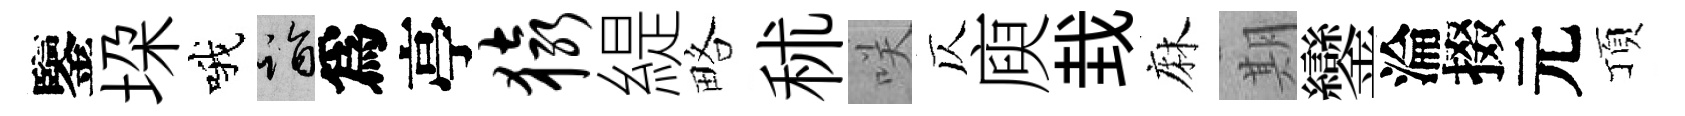
鑒垜哦诣爲亭猿緹略秫咲仄庾㘽麻期鑾淪掇元頂